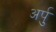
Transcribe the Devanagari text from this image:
अर्पु